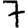
Digit: 7